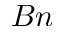
B n